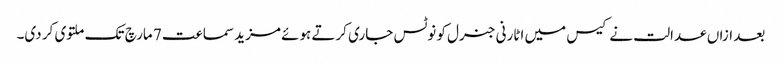
بعد ازاں عدالت نے کیس میں اٹارنی جنرل کو نوٹس جاری کرتے ہوئے مزید سماعت 7 مارچ تک ملتوی کر دی۔